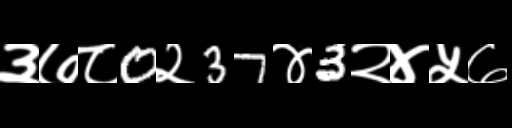
Text: ३७८0२37४3२४५७